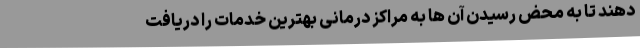
دهند تا به محض رسیدن آن ها به مراکز درمانی بهترین خدمات را دریافت